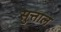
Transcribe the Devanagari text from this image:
सुत्ताल